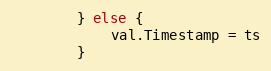
Language: Go
		} else {
			val.Timestamp = ts
		}